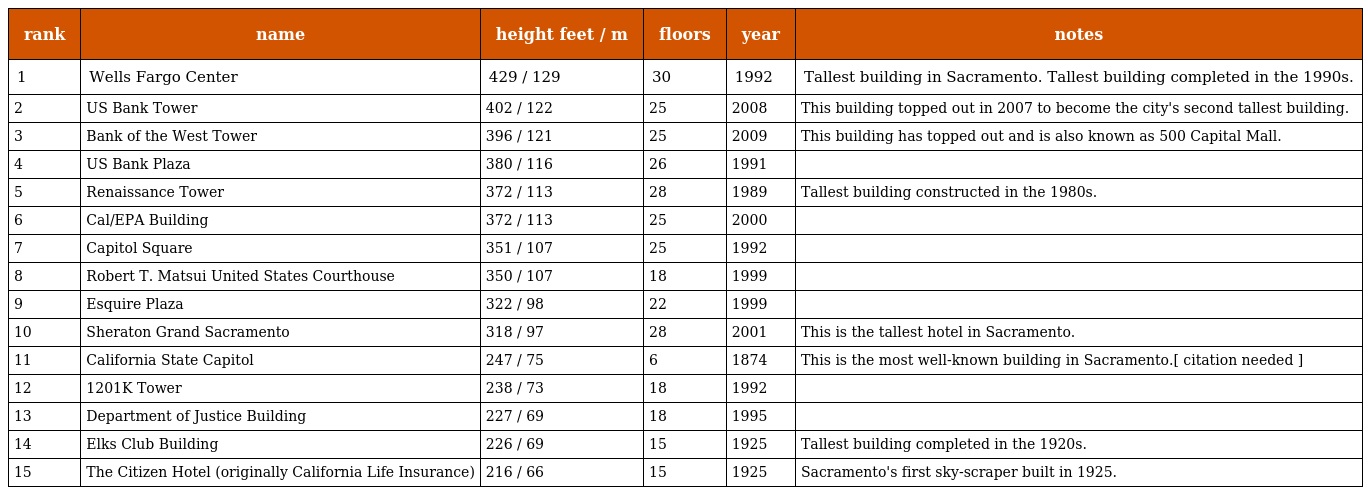
| rank | name | height feet / m | floors | year | notes |
 | --- | --- | --- | --- | --- | --- |
 | 1 | Wells Fargo Center | 429 / 129 | 30 | 1992 | Tallest building in Sacramento. Tallest building completed in the 1990s. |
 | 2 | US Bank Tower | 402 / 122 | 25 | 2008 | This building topped out in 2007 to become the city's second tallest building. |
 | 3 | Bank of the West Tower | 396 / 121 | 25 | 2009 | This building has topped out and is also known as 500 Capital Mall. |
 | 4 | US Bank Plaza | 380 / 116 | 26 | 1991 |  |
 | 5 | Renaissance Tower | 372 / 113 | 28 | 1989 | Tallest building constructed in the 1980s. |
 | 6 | Cal/EPA Building | 372 / 113 | 25 | 2000 |  |
 | 7 | Capitol Square | 351 / 107 | 25 | 1992 |  |
 | 8 | Robert T. Matsui United States Courthouse | 350 / 107 | 18 | 1999 |  |
 | 9 | Esquire Plaza | 322 / 98 | 22 | 1999 |  |
 | 10 | Sheraton Grand Sacramento | 318 / 97 | 28 | 2001 | This is the tallest hotel in Sacramento. |
 | 11 | California State Capitol | 247 / 75 | 6 | 1874 | This is the most well-known building in Sacramento.[ citation needed ] |
 | 12 | 1201K Tower | 238 / 73 | 18 | 1992 |  |
 | 13 | Department of Justice Building | 227 / 69 | 18 | 1995 |  |
 | 14 | Elks Club Building | 226 / 69 | 15 | 1925 | Tallest building completed in the 1920s. |
 | 15 | The Citizen Hotel (originally California Life Insurance) | 216 / 66 | 15 | 1925 | Sacramento's first sky-scraper built in 1925. |